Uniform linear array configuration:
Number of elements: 16
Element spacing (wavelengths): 0.25
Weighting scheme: uniform
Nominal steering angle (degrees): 30
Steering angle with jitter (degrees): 29.861
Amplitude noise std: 0.05
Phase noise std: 0.05

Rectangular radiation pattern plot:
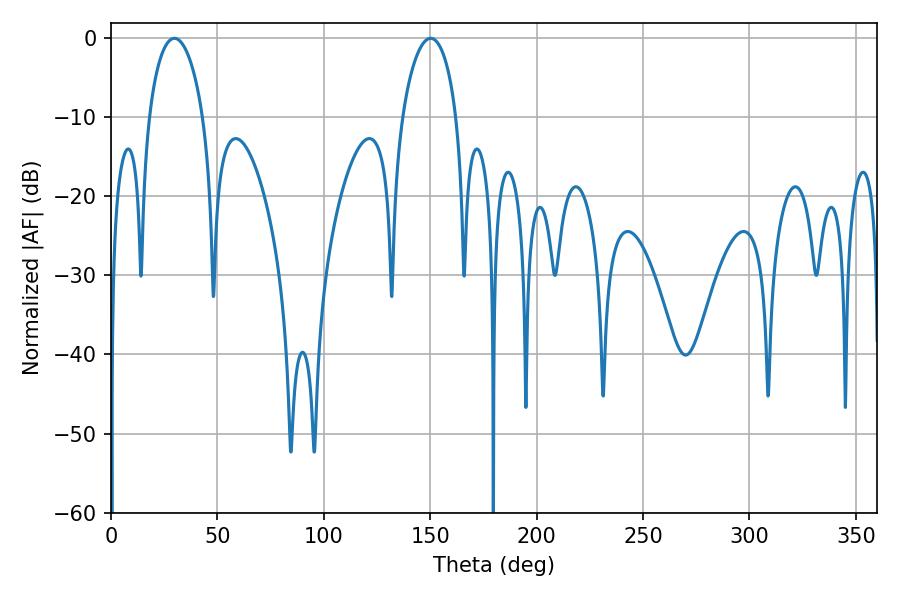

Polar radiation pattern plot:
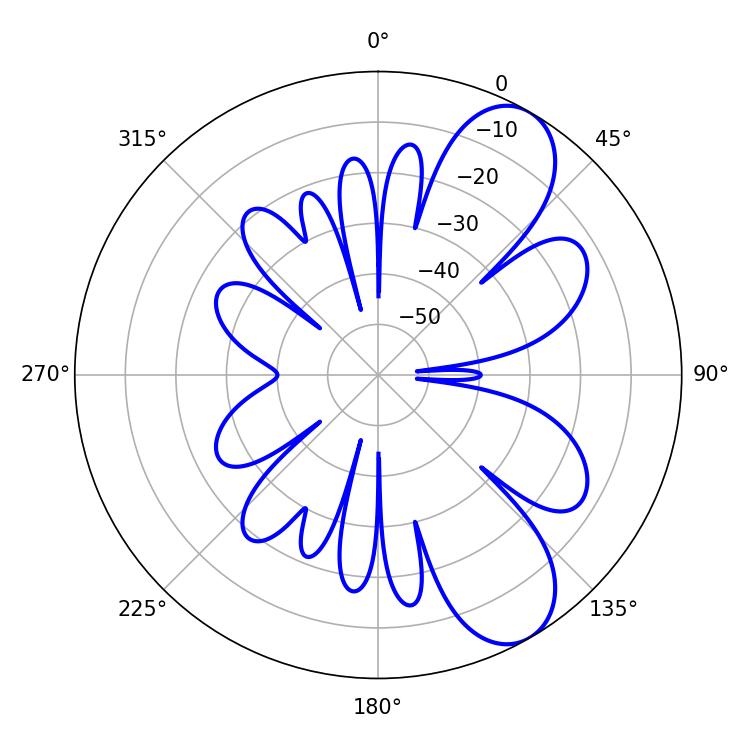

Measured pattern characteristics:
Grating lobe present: FALSE
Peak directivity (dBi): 8.493
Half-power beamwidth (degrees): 14.58
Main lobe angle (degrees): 29.88